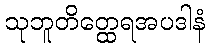
သုဘူတိတ္ထေရအပဒါနံ